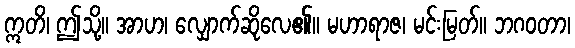
ဣတိ၊ ဤသို့။ အာဟ၊ လျှောက်ဆိုလေ၏။ မဟာရာဇ၊ မင်းမြတ်။ ဘဂဝတာ၊